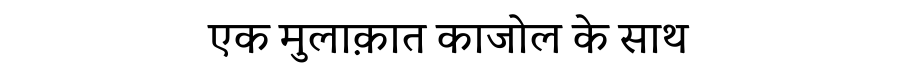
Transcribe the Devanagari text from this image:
एक मुलाक़ात काजोल के साथ